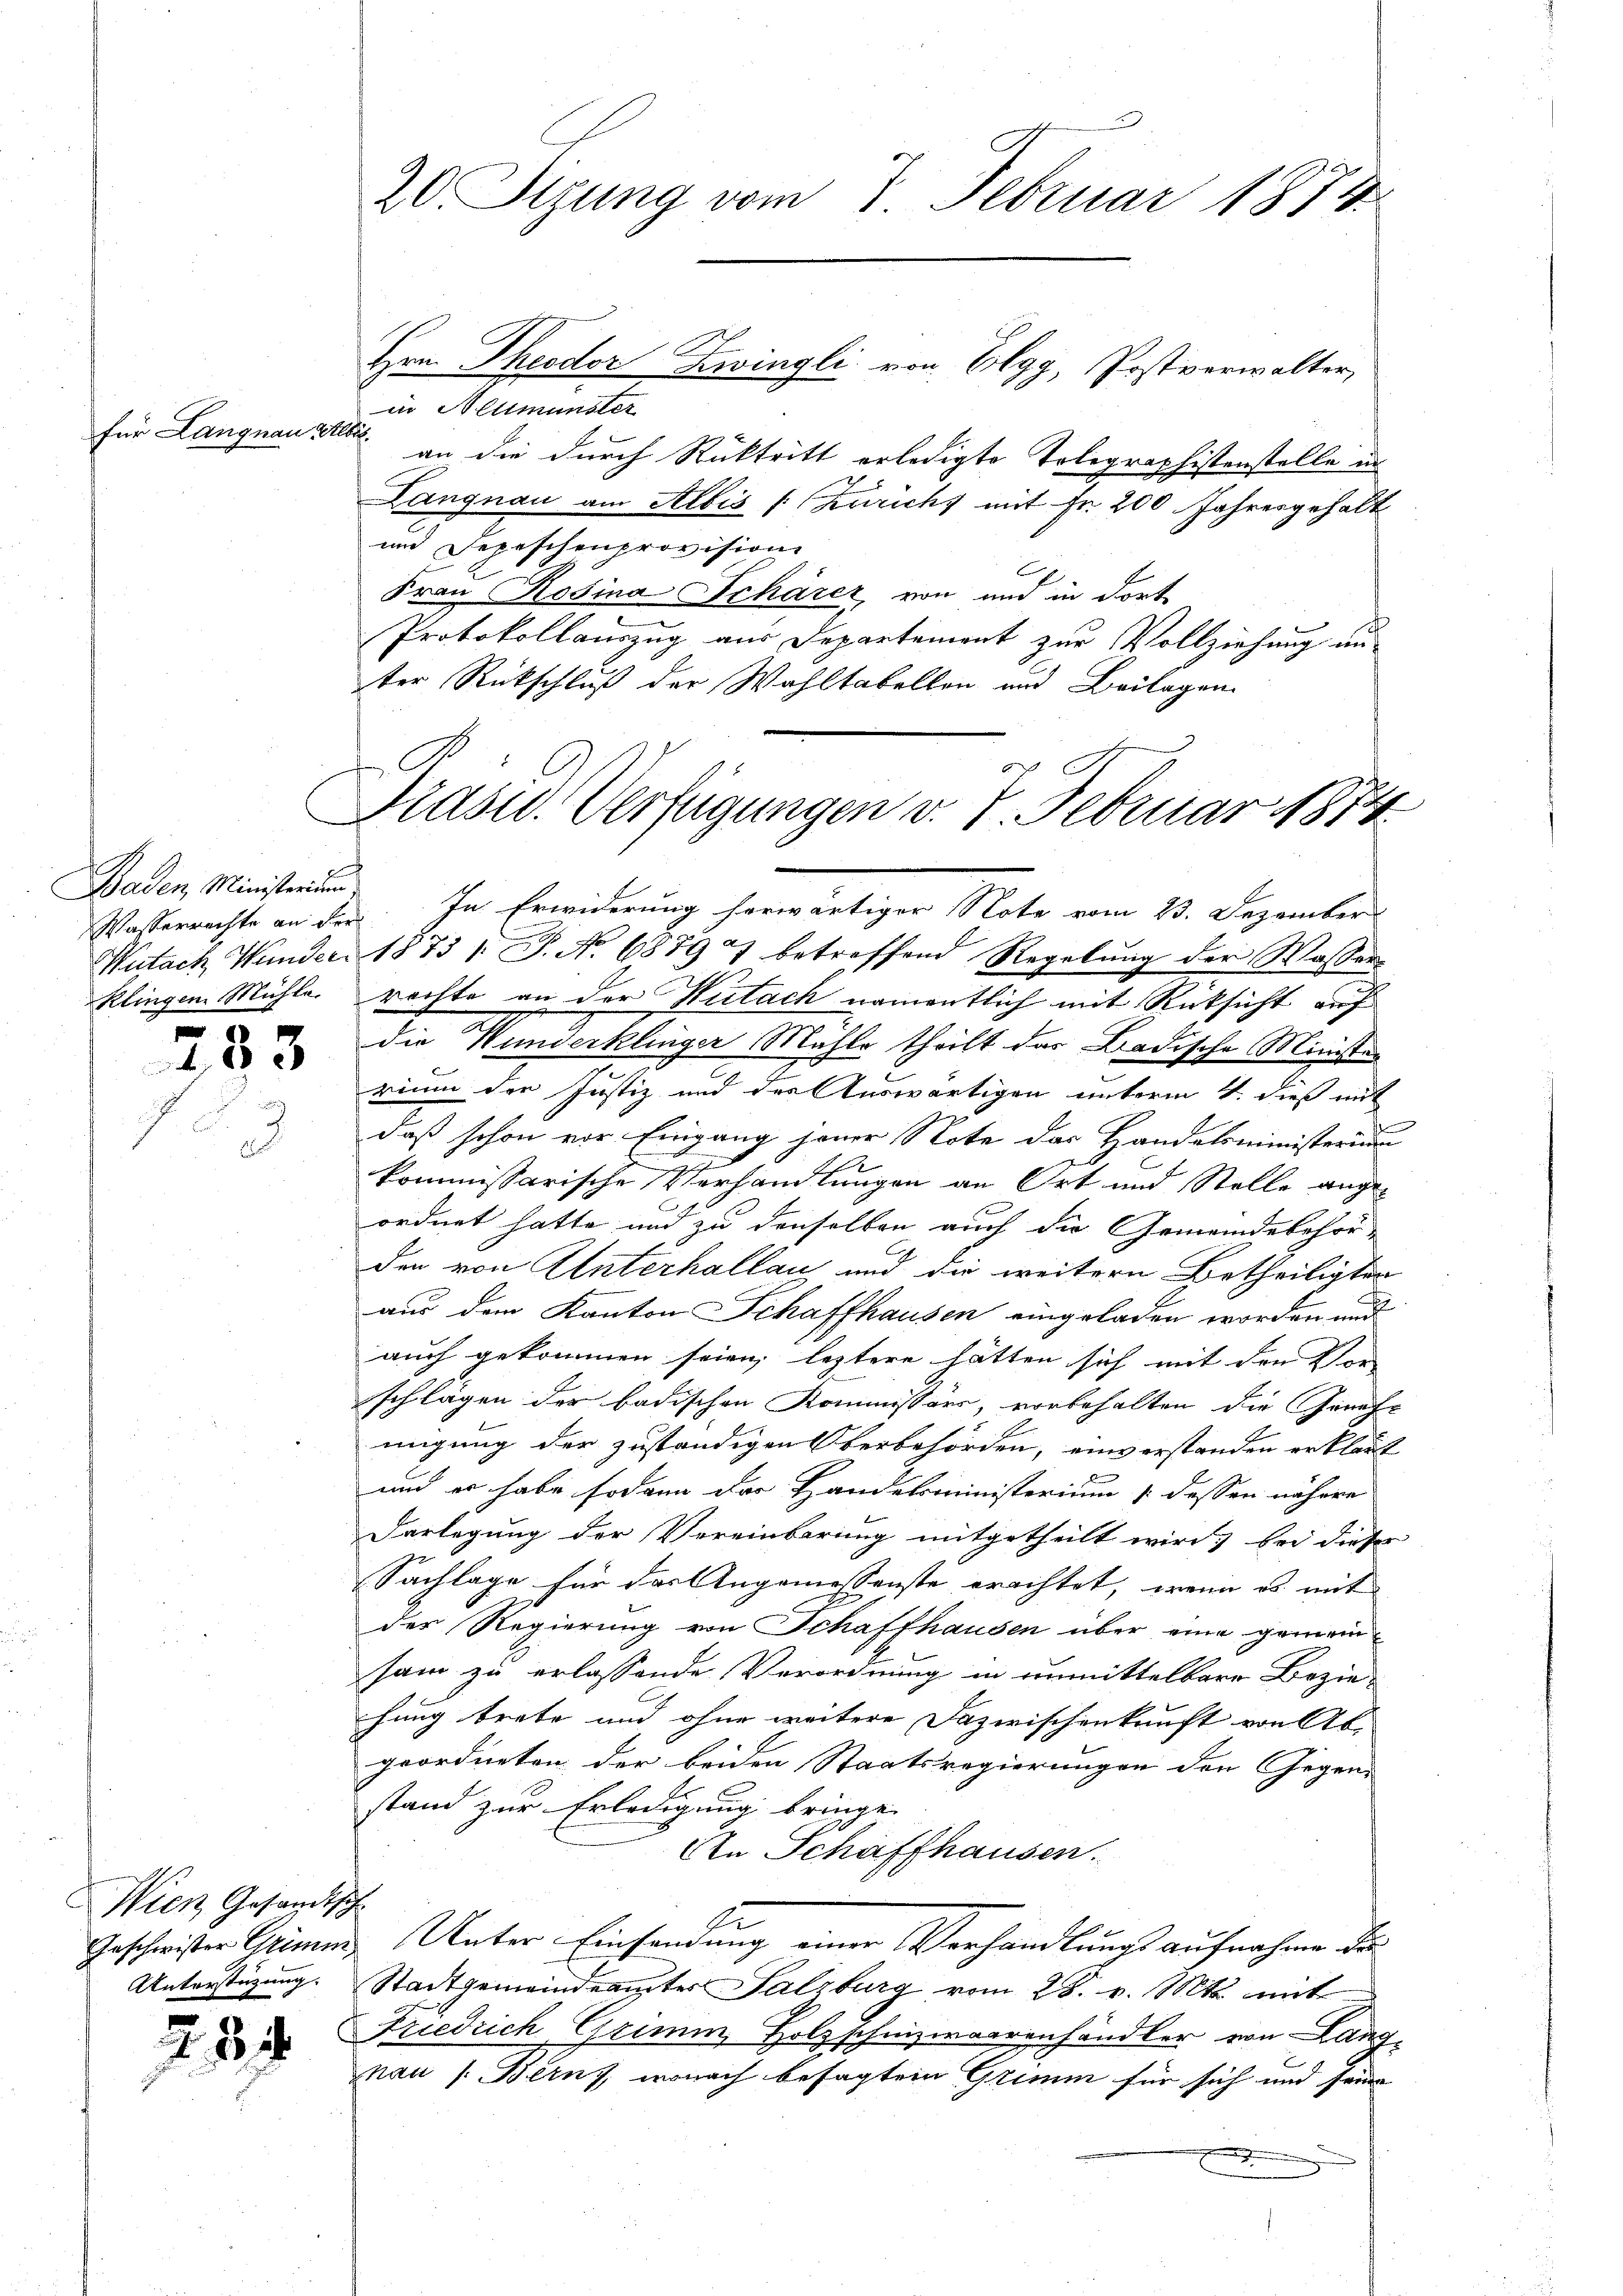
für Langnau zeitli

Baden, Ministerium
Klingen Mühle.

3

Wien Gesandtsch
Unterstüzung.

224

s

20 Sizung vom 7. Februar 1874

in Alttmünster
t
an die durch Rücktritt erledigte Telegraphistenstelle in
Langnau am Albis "zurichs mit Fr. 200 Jahresgehalt
und Depeschenprovision
E
Frau Rosina Schärer, von und in dort

Protokollauszug aus Departement zur Vollziehung unter Rückschluß der Wahltabellen und Beilagen

Hrn. Theodor Zwingli von Elgg, Postverwalter,

Präsid. Verfügungen v. 7. Februar 1874

Wasserrechte an der In Erwiderung herwärtiger Note vom 23. Dezember
Wutach Wunder 1873 1. P. Nr. 6879 7 betreffend Regelung der Wasser
rachte an der Wutach namentlich mit Rücksicht auf
Die Wundenklinger Mahle theilt das Badische Minister
rium der Justiz und der Auswärtigen unterm 4. dieß mit
daß schon vor Eingang jener Note das Handelsministerium
J
kommissarische Verhandlungen an Ort und Stelle ange-
ordnet hatte und zu denselben auch die Gemeindebehör
den von Unterhallau und die weitern Betheiligter
aus dem Kanton Schaffhausen eingeladen worden und
auch gekommen seien, leztere hätten sich mit den Vor- |
schlägen der badischen Kommissärs, vorbehalten die Genehmigung der zuständigen Oberbehörden, einverstanden erklärt
und er habe sodann der Handeloministerium (dessen nähere
Darlegung der Vereinbarung mitgetheilt wird) bei dieser
Sachlage für das Angemessenste erachtet, wenn es mit
der Regierung von Schaffhausen über eine gemein
sam zu erlassende Verordnung in unmittelbare Bezie-
hung trete und ohne weitere Dazwischenkunft von Ab
geordneten der beiden Staatsregierungen den Gegen-
stand zur Erledigung bringe.
An Schaffhausen.
Geschwister Grimm Unter Einsendung einer Verhandlungs aufnahme des
Stadtgemeindeamter Salzburg vom 28. v. Mts. mit
Friedrich Grimm, Holzschnizwaarenhändler von Lang
nau (Berns, wonach besagtem Grimm für sich und seine